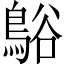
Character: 𪁴